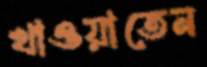
খাওয়াতেন